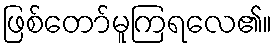
ဖြစ်တော်မူကြရလေ၏။